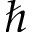
\hbar